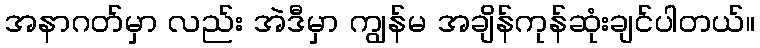
အနာဂတ်မှာ လည်း အဲဒီမှာ ကျွန်မ အချိန်ကုန်ဆုံးချင်ပါတယ်။